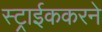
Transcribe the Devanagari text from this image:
स्ट्राईककरने